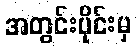
အတွင်းပိုင်းမှ